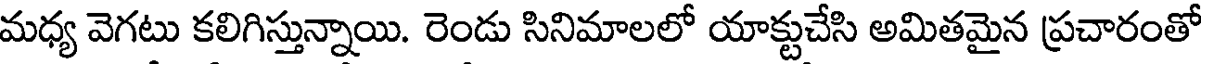
మధ్య వెగటు కలిగిస్తున్నాయి. రెండు సినిమాలలో యాక్టుచేసి అమితమైన ప్రచారంతో